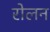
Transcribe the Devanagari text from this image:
रोलन